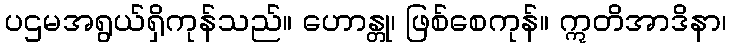
ပဌမအရွယ်ရှိကုန်သည်။ ဟောန္တု၊ ဖြစ်စေကုန်။ ဣတိအာဒိနာ၊